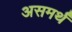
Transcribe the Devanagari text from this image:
असमर्थं